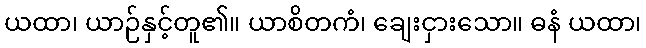
ယထာ၊ ယာဉ်နှင့်တူ၏။ ယာစိတကံ၊ ချေးငှားသော။ ဓနံ ယထာ၊